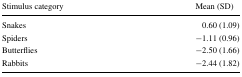
<table><thead><tr><td><b>Stimulus category</b></td><td><b>Mean (SD)</b></td></tr></thead><tbody><tr><td>Snakes</td><td>0.60 (1.09)</td></tr><tr><td>Spiders</td><td>−1.11 (0.96)</td></tr><tr><td>Butterflies</td><td>−2.50 (1.66)</td></tr><tr><td>Rabbits</td><td>−2.44 (1.82)</td></tr></tbody></table>